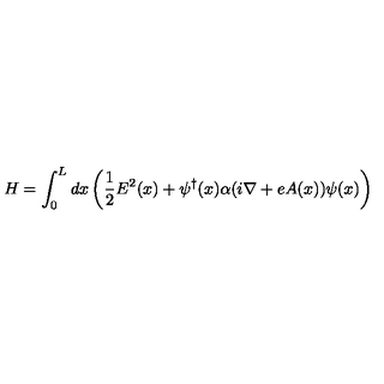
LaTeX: H = \int _ { 0 } ^ { L } d x \left( { \frac { 1 } { 2 } } E ^ { 2 } ( x ) + \psi ^ { \dagger } ( x ) \alpha ( i \nabla + e A ( x ) ) \psi ( x ) \right)